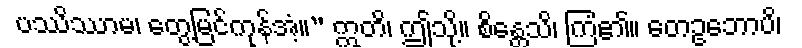
ပဿိဿာမ၊ တွေ့မြင်ကုန်အံ့။” ဣတိ၊ ဤသို့။ စိန္တေသိ၊ ကြံ၏။ တေဥဘောပိ၊